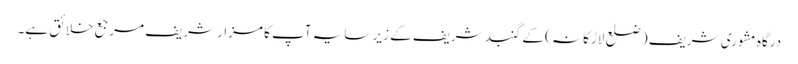
درگاہ مشوری شریف ( ضلع لاڑکانہ ) کے گنبد شریف کے زیر سایہ آپ کا مزار شریف مرجع خلائق ہے۔